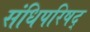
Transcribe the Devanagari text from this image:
संधिपरिषद्